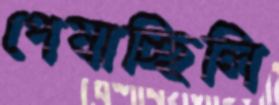
পেষাচ্ছিলি